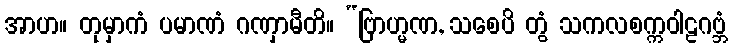
အာဟ။ တုမှာကံ ပမာဏံ ဂဏှာမီတိ။ “ဗြာဟ္မဏ, သစေပိ တွံ သကလစက္ကဝါဠဂဗ္ဘံ